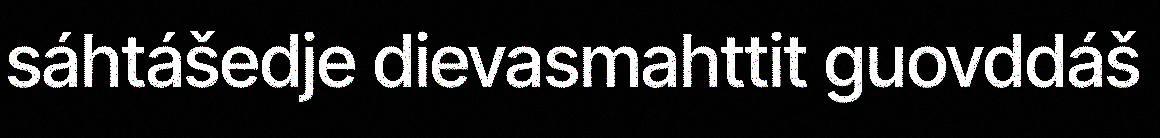
sáhtášedje dievasmahttit guovddáš